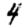
Digit: 4